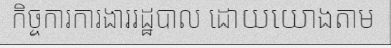
កិច្ចការការងាររដ្ឋបាល ដោយយោងតាម